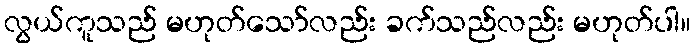
လွယ်ကူသည် မဟုတ်သော်လည်း ခက်သည်လည်း မဟုတ်ပါ။